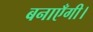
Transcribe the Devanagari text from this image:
बनाएँगी।